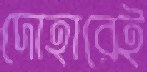
দোহারেই